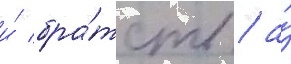
и́ бра́тств / а́